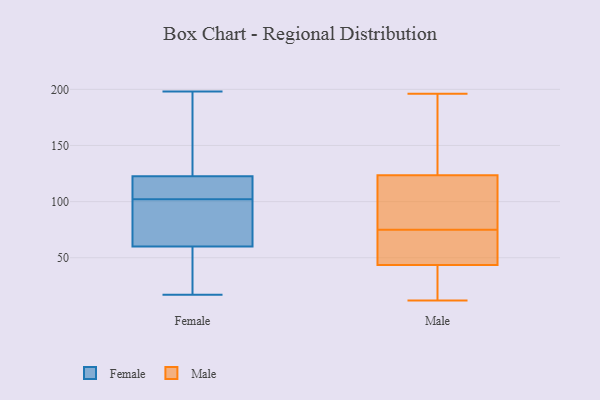
{"axis": {"x": "Conversion Rate (%)", "y": "Value"}, "legend": ["Female", "Male"], "data": [{"x": "", "y": 102, "type": "Female"}, {"x": "", "y": 97, "type": "Female"}, {"x": "", "y": 63, "type": "Female"}, {"x": "", "y": 17, "type": "Female"}, {"x": "", "y": 198, "type": "Female"}, {"x": "", "y": 109, "type": "Female"}, {"x": "", "y": 59, "type": "Female"}, {"x": "", "y": 125, "type": "Female"}, {"x": "", "y": 121, "type": "Female"}, {"x": "", "y": 123, "type": "Female"}, {"x": "", "y": 48, "type": "Female"}, {"x": "", "y": 16, "type": "Male"}, {"x": "", "y": 128, "type": "Male"}, {"x": "", "y": 46, "type": "Male"}, {"x": "", "y": 58, "type": "Male"}, {"x": "", "y": 71, "type": "Male"}, {"x": "", "y": 54, "type": "Male"}, {"x": "", "y": 181, "type": "Male"}, {"x": "", "y": 20, "type": "Male"}, {"x": "", "y": 196, "type": "Male"}, {"x": "", "y": 16, "type": "Male"}, {"x": "", "y": 97, "type": "Male"}, {"x": "", "y": 79, "type": "Male"}, {"x": "", "y": 179, "type": "Male"}, {"x": "", "y": 41, "type": "Male"}, {"x": "", "y": 12, "type": "Male"}, {"x": "", "y": 56, "type": "Male"}, {"x": "", "y": 109, "type": "Male"}, {"x": "", "y": 101, "type": "Male"}, {"x": "", "y": 180, "type": "Male"}, {"x": "", "y": 119, "type": "Male"}]}